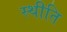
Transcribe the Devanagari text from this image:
स्थीति